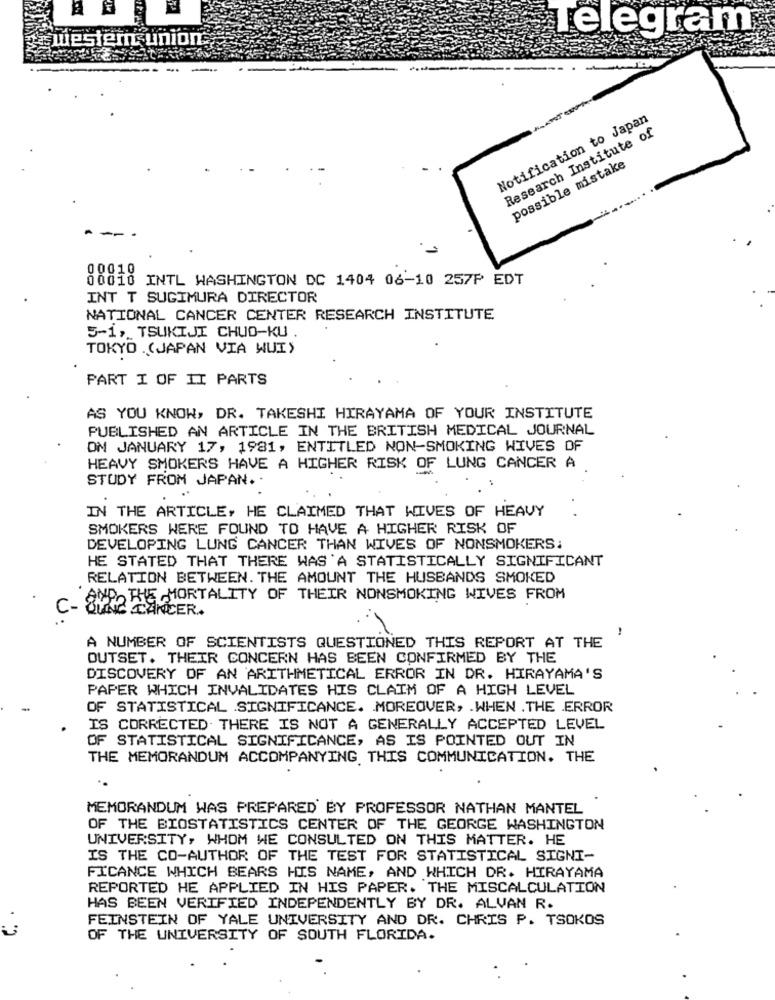
Telegram
Notification to Japan
Research Institute of
possible mistake
00010 INTL WASHINGTON DC 1404 06-10 257P EDT
INT T SUGIMURA DIRECTOR
NATIONAL CANCER CENTER RESEARCH INSTITUTE
5-1, TSUKIJI CHUO-KU
TOKYO .(JAPAN VIA WUI)
PART I OF II PARTS
AS YOU KNOW, DR. TAKESHI HIRAYAMA OF YOUR INSTITUTE
PUBLISHED AN ARTICLE IN THE BRITISH MEDICAL JOURNAL
ON JANUARY 17, 1981, ENTITLED NON-SMOKING WIVES OF
HEAVY SMOKERS HAVE A HIGHER RISK OF LUNG CANCER A
STUDY FROM JAPAN. .
IN THE ARTICLE, HE CLAIMED THAT WIVES OF HEAVY
SMOKERS WERE FOUND TO HAVE A HIGHER RISK OF
DEVELOPING LUNG CANCER THAN WIVES OF NONSMOKERS:
HE STATED THAT THERE WAS 'A STATISTICALLY SIGNIFICANT
RELATION BETWEEN. THE AMOUNT THE HUSBANDS SMOKED
AND THE MORTALITY OF THEIR NONSMOKING WIVES FROM
C-
BUNG CANCER.
A NUMBER OF SCIENTISTS QUESTIONED THIS REPORT AT THE
OUTSET. THEIR CONCERN HAS BEEN CONFIRMED BY THE
DISCOVERY OF AN ARITHMETICAL ERROR IN DR. HIRAYAMA'S
PAPER WHICH INVALIDATES HIS CLAIM OF A HIGH LEVEL
OF STATISTICAL SIGNIFICANCE. MOREOVER, . WHEN . THE ERROR
IS CORRECTED. THERE IS NOT A GENERALLY ACCEPTED LEVEL
OF STATISTICAL SIGNIFICANCE, AS IS POINTED OUT IN
THE MEMORANDUM ACCOMPANYING THIS COMMUNICATION. THE
MEMORANDUM WAS PREPARED BY PROFESSOR NATHAN MANTEL
OF THE BIOSTATISTICS CENTER OF THE GEORGE WASHINGTON
UNIVERSITY, WHOM WE CONSULTED ON THIS MATTER. HE
IS THE CO-AUTHOR OF THE TEST FOR STATISTICAL SIGNI-
FICANCE WHICH BEARS HIS NAME, AND WHICH DR. HIRAYAMA
REPORTED HE APPLIED IN HIS PAPER. THE MISCALCULATION
HAS BEEN VERIFIED INDEPENDENTLY BY DR. ALVAN R.
FEINSTEIN OF YALE UNIVERSITY AND DR. CHRIS P. TSOKOS
. ..
OF THE UNIVERSITY OF SOUTH FLORIDA.